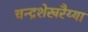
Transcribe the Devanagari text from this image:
चन्द्रशेखरैय्या